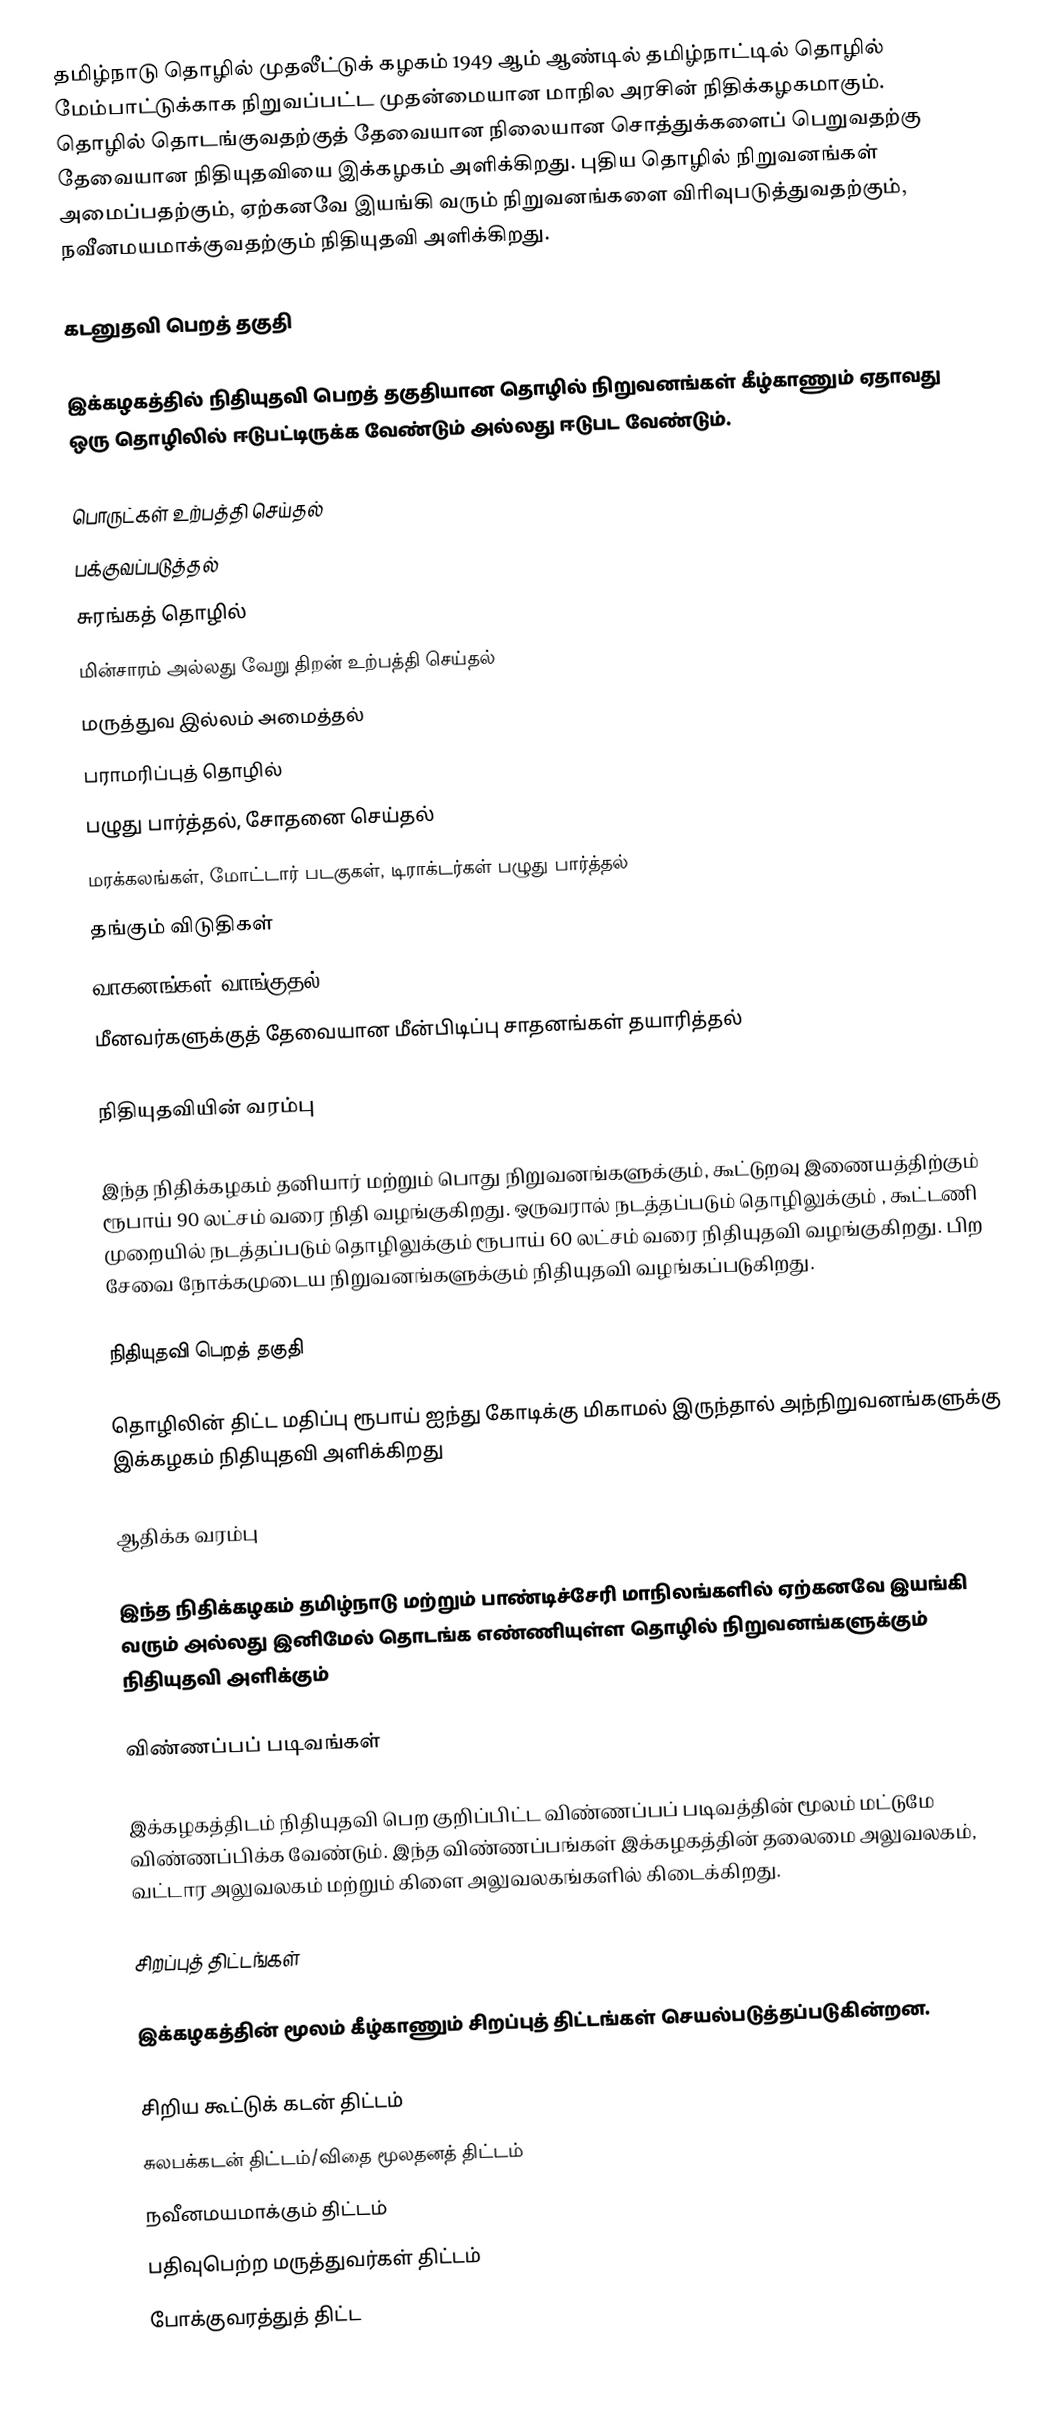
தமிழ்நாடு தொழில் முதலீட்டுக் கழகம்  1949 ஆம் ஆண்டில் தமிழ்நாட்டில்  தொழில் மேம்பாட்டுக்காக நிறுவப்பட்ட முதன்மையான மாநில அரசின் நிதிக்கழகமாகும். தொழில் தொடங்குவதற்குத் தேவையான நிலையான சொத்துக்களைப் பெறுவதற்கு தேவையான நிதியுதவியை இக்கழகம் அளிக்கிறது. புதிய தொழில்  நிறுவனங்கள் அமைப்பதற்கும், ஏற்கனவே இயங்கி வரும் நிறுவனங்களை விரிவுபடுத்துவதற்கும், நவீனமயமாக்குவதற்கும் நிதியுதவி அளிக்கிறது.

கடனுதவி பெறத் தகுதி

இக்கழகத்தில் நிதியுதவி பெறத் தகுதியான தொழில் நிறுவனங்கள் கீழ்காணும் ஏதாவது ஒரு தொழிலில் ஈடுபட்டிருக்க வேண்டும் அல்லது ஈடுபட வேண்டும்.

பொருட்கள் உற்பத்தி செய்தல்
பக்குவப்படுத்தல்
சுரங்கத் தொழில்
மின்சாரம் அல்லது வேறு திறன் உற்பத்தி செய்தல்
மருத்துவ இல்லம் அமைத்தல்
பராமரிப்புத் தொழில்
பழுது பார்த்தல், சோதனை செய்தல்
மரக்கலங்கள், மோட்டார் படகுகள், டிராக்டர்கள் பழுது பார்த்தல்
தங்கும் விடுதிகள்
வாகனங்கள் வாங்குதல்
மீனவர்களுக்குத் தேவையான மீன்பிடிப்பு சாதனங்கள் தயாரித்தல்

நிதியுதவியின் வரம்பு

இந்த நிதிக்கழகம் தனியார் மற்றும் பொது நிறுவனங்களுக்கும், கூட்டுறவு  இணையத்திற்கும் ரூபாய் 90 லட்சம் வரை நிதி வழங்குகிறது. ஒருவரால் நடத்தப்படும் தொழிலுக்கும் , கூட்டணி முறையில் நடத்தப்படும் தொழிலுக்கும் ரூபாய் 60 லட்சம் வரை நிதியுதவி வழங்குகிறது. பிற சேவை நோக்கமுடைய நிறுவனங்களுக்கும் நிதியுதவி வழங்கப்படுகிறது.

நிதியுதவி பெறத் தகுதி

தொழிலின் திட்ட மதிப்பு ரூபாய் ஐந்து கோடிக்கு மிகாமல் இருந்தால் அந்நிறுவனங்களுக்கு இக்கழகம் நிதியுதவி அளிக்கிறது

ஆதிக்க வரம்பு

இந்த நிதிக்கழகம் தமிழ்நாடு  மற்றும்  பாண்டிச்சேரி மாநிலங்களில் ஏற்கனவே இயங்கி வரும் அல்லது இனிமேல் தொடங்க எண்ணியுள்ள தொழில் நிறுவனங்களுக்கும் நிதியுதவி அளிக்கும்

விண்ணப்பப் படிவங்கள்

இக்கழகத்திடம் நிதியுதவி பெற குறிப்பிட்ட விண்ணப்பப் படிவத்தின் மூலம் மட்டுமே விண்ணப்பிக்க வேண்டும். இந்த விண்ணப்பங்கள் இக்கழகத்தின் தலைமை அலுவலகம், வட்டார அலுவலகம் மற்றும் கிளை அலுவலகங்களில் கிடைக்கிறது.

சிறப்புத் திட்டங்கள்

இக்கழகத்தின் மூலம் கீழ்காணும் சிறப்புத் திட்டங்கள் செயல்படுத்தப்படுகின்றன.

சிறிய கூட்டுக் கடன் திட்டம்
சுலபக்கடன் திட்டம்/விதை மூலதனத் திட்டம்
நவீனமயமாக்கும் திட்டம்
பதிவுபெற்ற மருத்துவர்கள் திட்டம்
போக்குவரத்துத் திட்ட